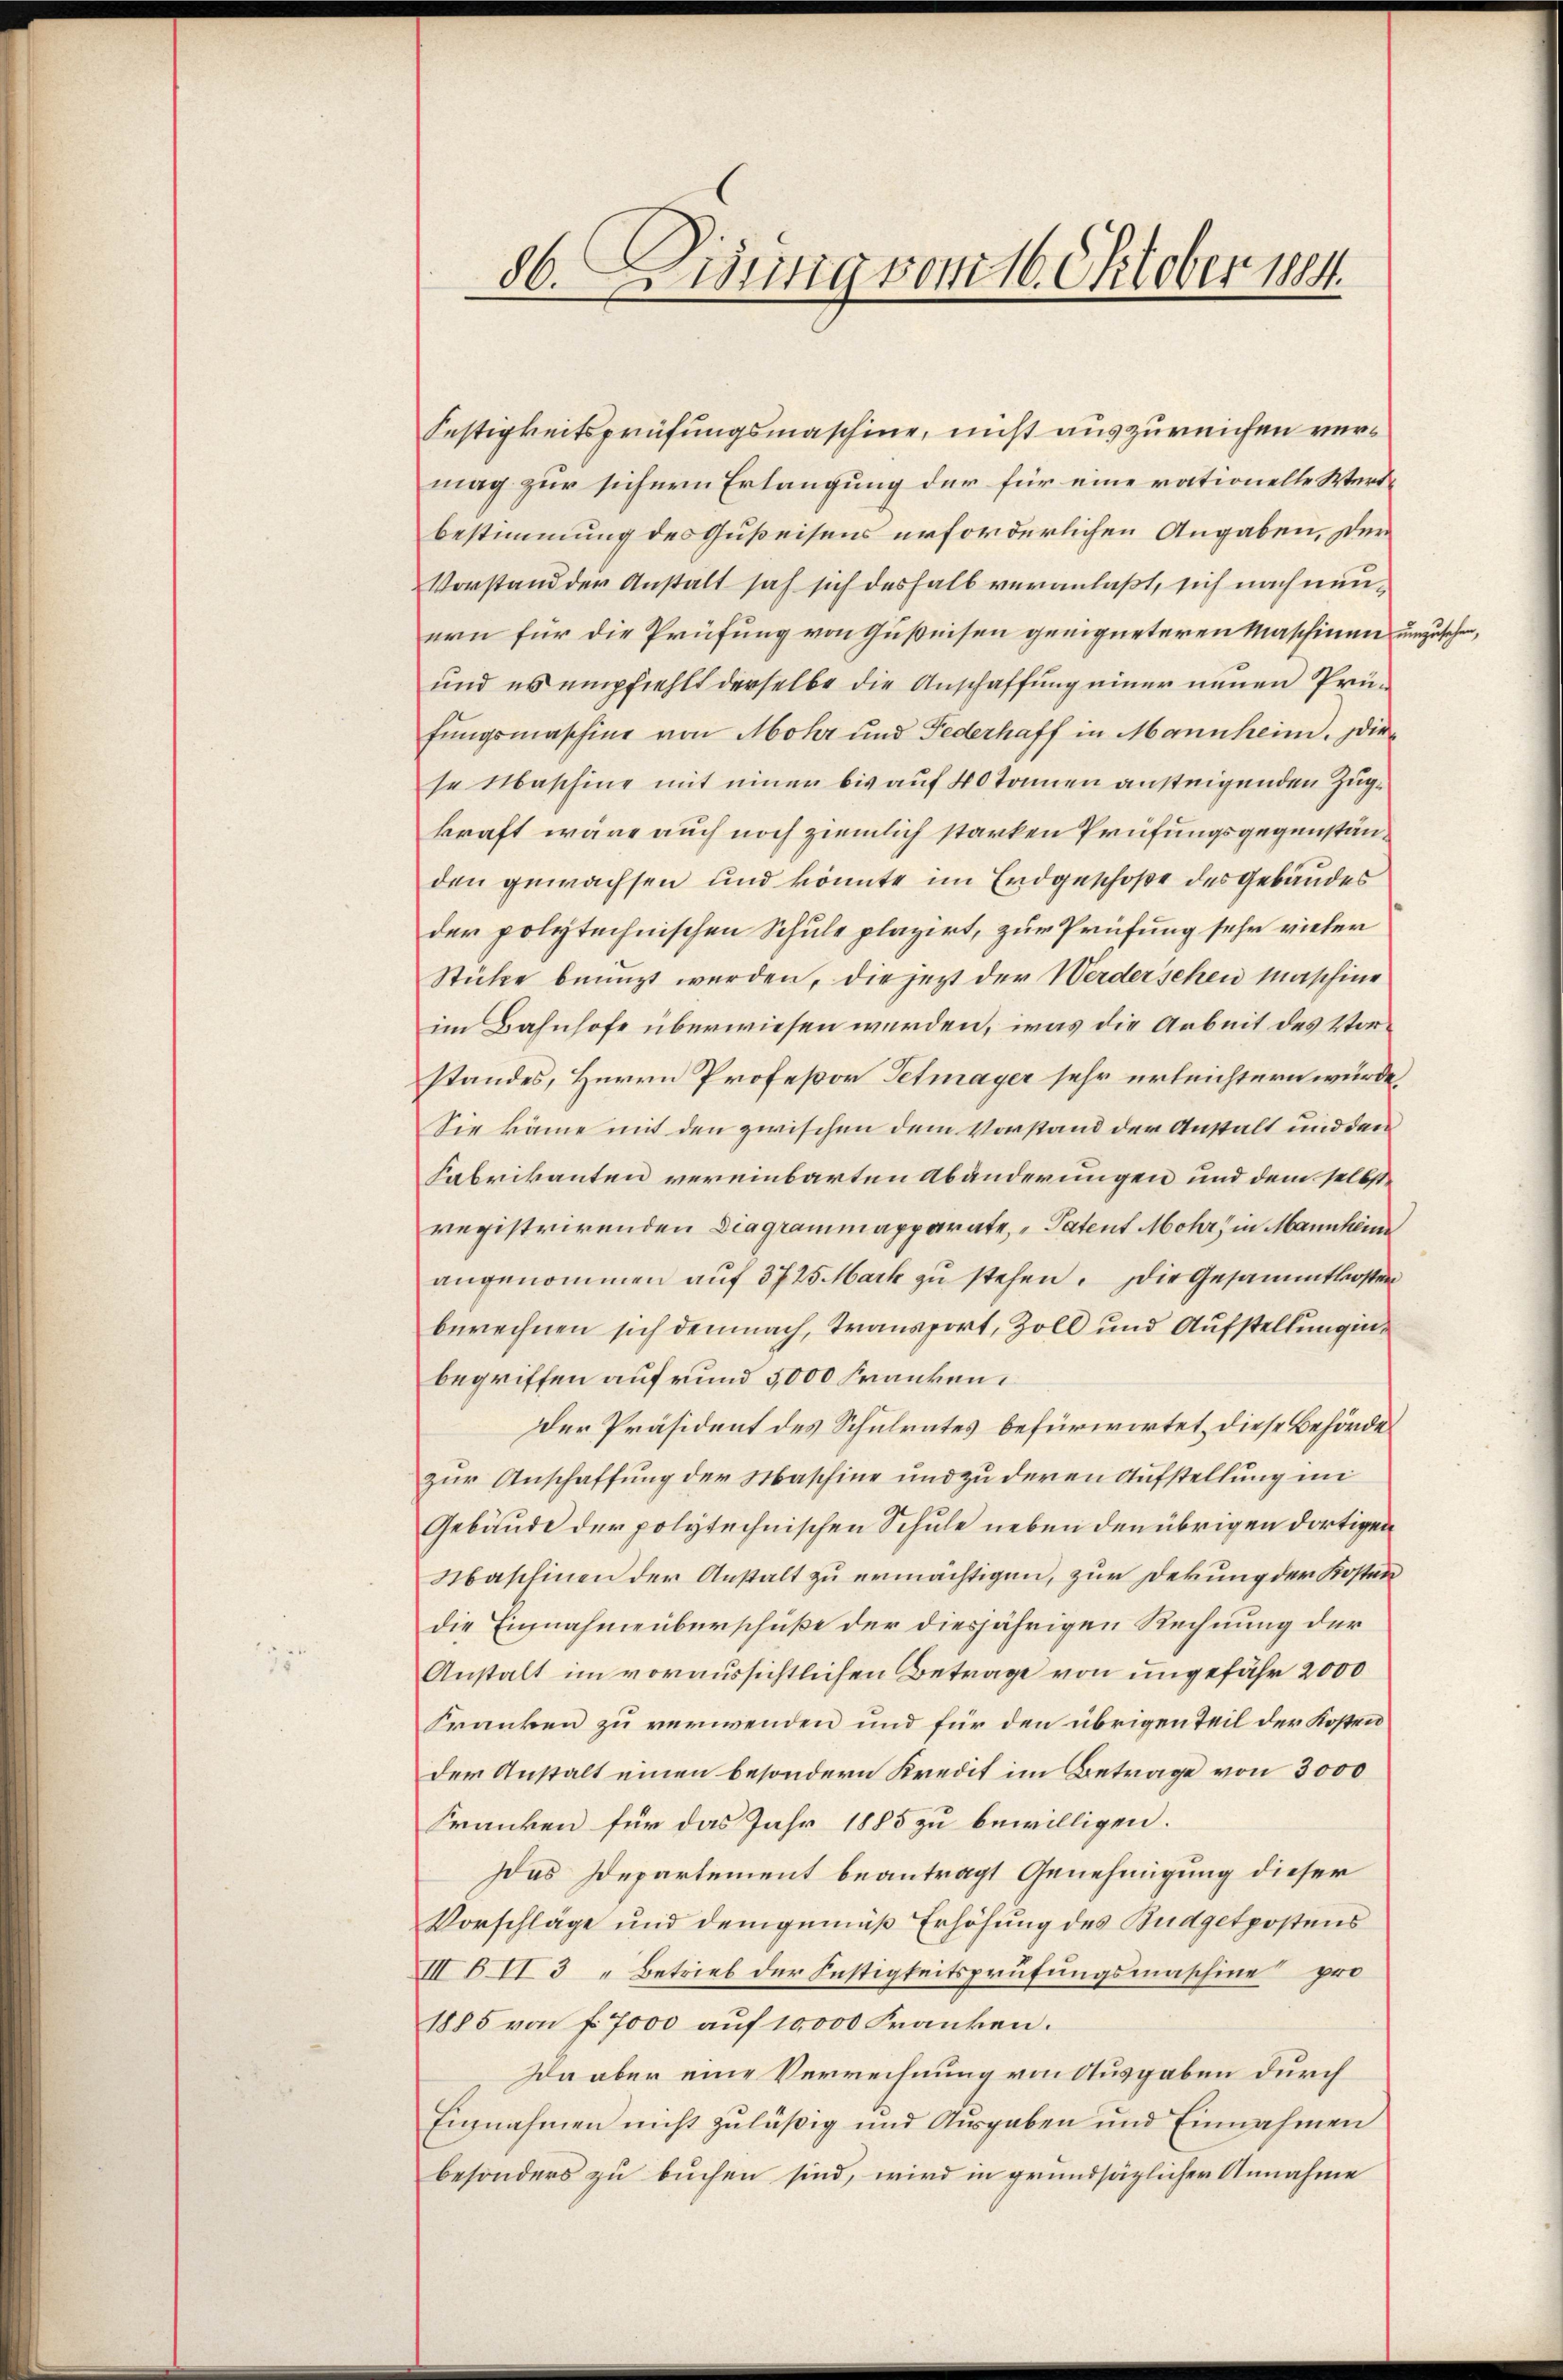
86. Wenig vom 16. Oktober 1884.

Festigkeitsprüfungsmaschine, nicht auszureichen vermag zur sichern Erlangung der für eine rationelle Werdbestimmung des Gußeisens erforderlichen Angaben, der
Vorstand der Anstalt sah sich deshalb veranlaßt, sich nach nunern für die Prüfung von Gußeisen geeigneteren Maschinen umzusehen,
und es empfiehlt derselbe die Anschaffung einer neuen Prüfungsmaschine von Mohr und Federhoff in Mannheim. Diese Maschine mit einer bis auf 40 Tannen ansteigenden Zugkraft wäre auch noch ziemlich starken Prüfungsgegenständen gewachsen und könnte im Erdgeschoße des Gebäudes
der polytechnischen Schule plazirt, zur Prüfung sehr vieler
Stücke benuzt werden, die jezt der Werdersehen Maschine
im Bahnhofe überwiesen werden, was die Arbeit des Vorstandes, Herrn Professor Petmayer sehr erleichtern würde,
Sie käme mit den zwischen dem Vorstand der Anstalt und dem
Fabrikanten vereinbarten Abänderungen und dem selbstregistrirenden Diagrammapparate, Patent Mohr, in Mannheim
angenommen auf 37 25 Mark zu stehen. Die Gesammtkosten
berechnen sich demnach, Transport, Zoll und Aufstellung in
begriffen auf rund 5000 Franken.
Der Präsident des Schulrates befürwortet, diese Behörde
zur Anschaffung der Maschine und zu deren Aufstellung mi
Gebäude der polytechnischen Schule neben den übrigen dortigen
Maschinen der Anstalt zu ermächtigen, zur Dekung der Kosten
die Einnahmeberschuße der diesjährigen Rechnung der
Anstalt im voraussichtlichen Betrage von ungefähr 2000
Franken zu verwenden und für den übrigen Teil der Kosten
der Anstalt einen besondern Kredit im Betrage von 3000
Franken für das Jahr 1885 zu bewilligen.
Das Departement beantragt Genehmigung dieser
Vorschläge und demgemäß Erhöhung des Budgetpostens
III B II 3 „Betrieb der Füstigkeitsprüfungsmaschine pro
1885 von f. 7000 auf 10,000 Franken.
Da aber eine Verrechnung von Ausgaben durch
Einnahmen nicht zuläßig und Ausgaben und Einnahmen
besonders zu buchen sind, wird in grundsätzlicher Annahme